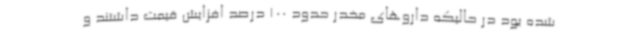
شده بود در حالیکه داروهای مخدر حدود 100 درصد افزایش قیمت داشتند و